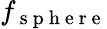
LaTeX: f_{\mathrm{~s~p~h~e~r~e~}}